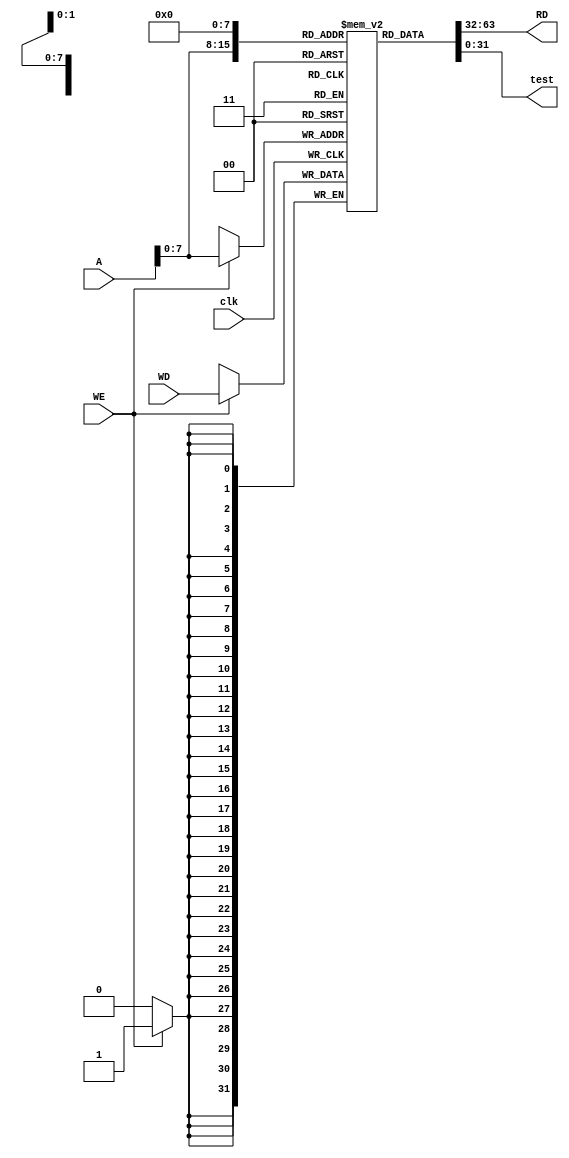
module data_mem #(parameter DATA = 32, ADDR = 32, MEM_DEPTH = 256)(
    input clk, WE,
    input [ADDR - 1 : 0] A,
    input [DATA - 1 : 0] WD,
    output [DATA - 1 : 0] RD, test
);
    reg [DATA - 1 : 0] D_MEM [0 : MEM_DEPTH - 1];

    always @(posedge clk) begin
        if (WE)
            D_MEM[A] <= WD;
    end
    
   assign RD = D_MEM[A];
   assign test = D_MEM[0];
endmodule